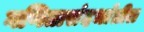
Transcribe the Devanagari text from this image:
गणितासंदर्भातील